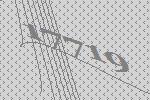
17719